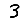
Digit: 3